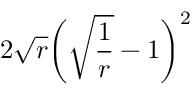
2 \sqrt { r } \bigg ( \sqrt { \frac { 1 } { r } } - 1 \bigg ) ^ { 2 }